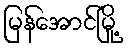
မြန်အောင်မြို့